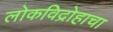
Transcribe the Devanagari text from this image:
लोकविद्रोहाचा